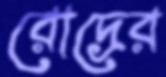
রোদ্রের